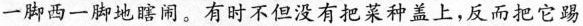
一脚西一脚地瞎闹。有时不但没有把菜种盖上，反而把它踢